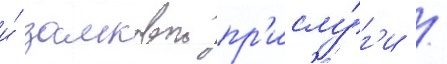
и́ замковои пр'ислу́г'и /